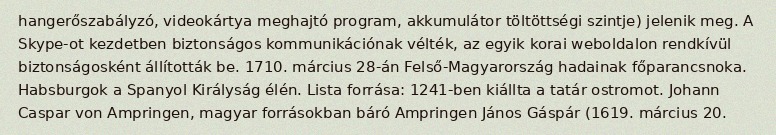
hangerőszabályzó, videokártya meghajtó program, akkumulátor töltöttségi szintje) jelenik meg. A Skype-ot kezdetben biztonságos kommunikációnak vélték, az egyik korai weboldalon rendkívül biztonságosként állították be. 1710. március 28-án Felső-Magyarország hadainak főparancsnoka. Habsburgok a Spanyol Királyság élén. Lista forrása: 1241-ben kiállta a tatár ostromot. Johann Caspar von Ampringen, magyar forrásokban báró Ampringen János Gáspár (1619. március 20.